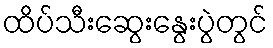
ထိပ်သီးဆွေးနွေးပွဲတွင်